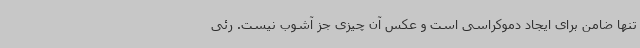
تنها ضامن برای ایجاد دموکراسی است و عکس آن چیزی جز آشوب نیست. رئی